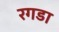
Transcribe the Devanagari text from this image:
रगडा